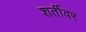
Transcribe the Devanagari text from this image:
शर्तीवर